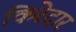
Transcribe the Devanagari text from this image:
किरेदार